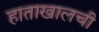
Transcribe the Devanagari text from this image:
हाताखालची